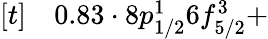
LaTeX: \begin{array}{rl}{[t]}&{{}0.83\cdot 8p_{1/2}^{1}6f_{5/2}^{3}+}\end{array}